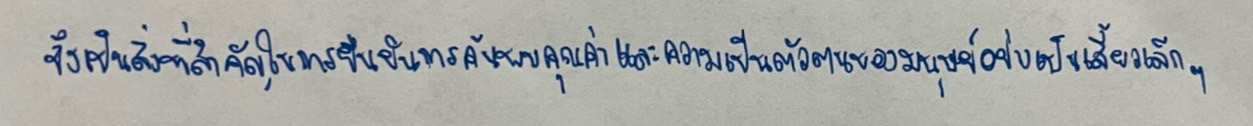
จึงเป็นสิ่งที่สำคัญในการยืนยันการค้นพบคุณค่าและความเป็นตัวตนของมนุษย์อย่างเป็นเสี้ยวเล็กๆ